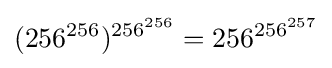
(256^{\,\!256})^{256^{256}}=256^{256^{257}}